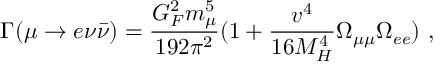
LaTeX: \Gamma ( \mu \rightarrow e \nu { \bar { \nu } } ) = \frac { G _ { F } ^ { 2 } m _ { \mu } ^ { 5 } } { 1 9 2 \pi ^ { 2 } } ( 1 + \frac { v ^ { 4 } } { 1 6 M _ { H } ^ { 4 } } \Omega _ { \mu \mu } \Omega _ { e e } ) \ ,